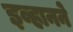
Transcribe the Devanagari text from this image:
इव्हानने